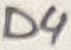
Text: D4